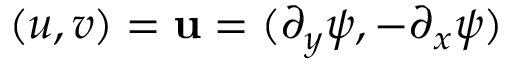
( u , v ) = \mathbf { u } = ( \partial _ { y } \psi , - \partial _ { x } \psi )